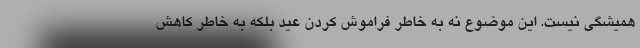
همیشگی نیست. این موضوع نه به خاطر فراموش کردن عید بلکه به خاطر کاهش